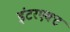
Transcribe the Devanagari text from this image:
इंटरएक्ट